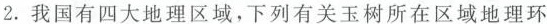
2.我国有四大地理区域，下列有关玉树所在区域地理环